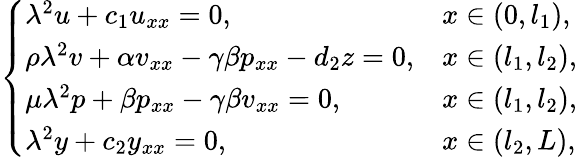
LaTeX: \left\{ \begin{array}{ll}{{\lambda}^{2}u+c_{1}u_{xx}=0,}&{x\in(0,l_{1}),}\\ {\rho{\lambda}^{2}v+\alpha v_{xx}-\gamma\beta p_{xx}-d_{2}z=0,}&{x\in(l_{1},l_{2}),}\\ {\mu{\lambda}^{2}p+\beta p_{xx}-\gamma\beta v_{xx}=0,}&{x\in(l_{1},l_{2}),}\\ {{\lambda}^{2}y+c_{2}y_{xx}=0,}&{x\in(l_{2},L),}\end{array}\right.